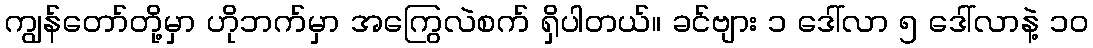
ကျွန်တော်တို့မှာ ဟိုဘက်မှာ အကြွေလဲစက် ရှိပါတယ်။ ခင်ဗျား ၁ ဒေါ်လာ ၅ ဒေါ်လာနဲ့ ၁၀